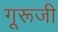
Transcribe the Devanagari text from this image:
गूरूजी